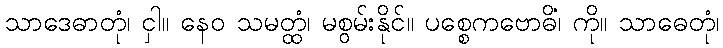
သာဒေဓာတုံ၊ ငှါ။ နေဝ သမတ္ထံ၊ မစွမ်းနိုင်။ ပစ္စေကဗောဓိံ၊ ကို။ သာဓေတုံ၊